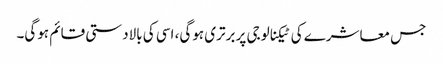
جس معاشرے کی ٹیکنالوجی پر برتری ہوگی، اسی کی بالادستی قائم ہوگی۔